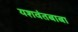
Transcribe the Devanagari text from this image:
यशवंतबाबा